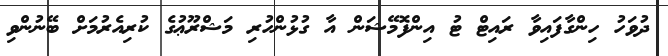
ދުވަހު ހިންގާފައިވާ ރައިޓް ޓު އިންފޮމޭޝަން އާ ގުޅުންހުރި މަޝްރޫޢުގެ ކުރިއެރުމަށް ބޭނުންވި